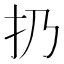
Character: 扔